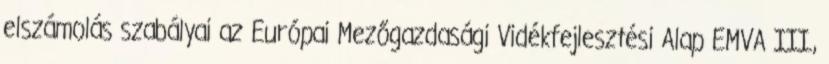
elszámolás szabályai az Európai Mezőgazdasági Vidékfejlesztési Alap EMVA III.,